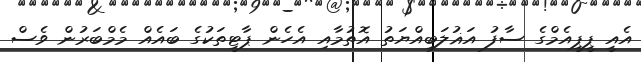
އެއީ ޕީޕީއެމްގެ ސާފު އަޣުލަބިއްޔަތު އޮތުމާއި އެހެން ޕާޓީތަކުގެ ބައެއް މެމްބަރުން ވެސް